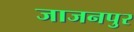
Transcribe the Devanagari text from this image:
जाजनपुर